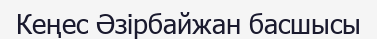
Кеңес Әзірбайжан басшысы